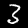
Digit: 3